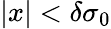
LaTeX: |x|<\delta\sigma_{0}